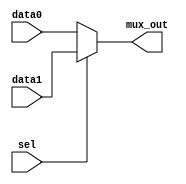
module TWO_TO_ONE_MUX_5BIT (
    input  sel,     // Select input (control signal)
    input  [4:0] data0,  // Data input 0
    input  [4:0] data1,  // Data input 1
    output  [4:0] mux_out  // Mux output
);

	
			assign mux_out = sel ?  data1 : data0;

	
endmodule